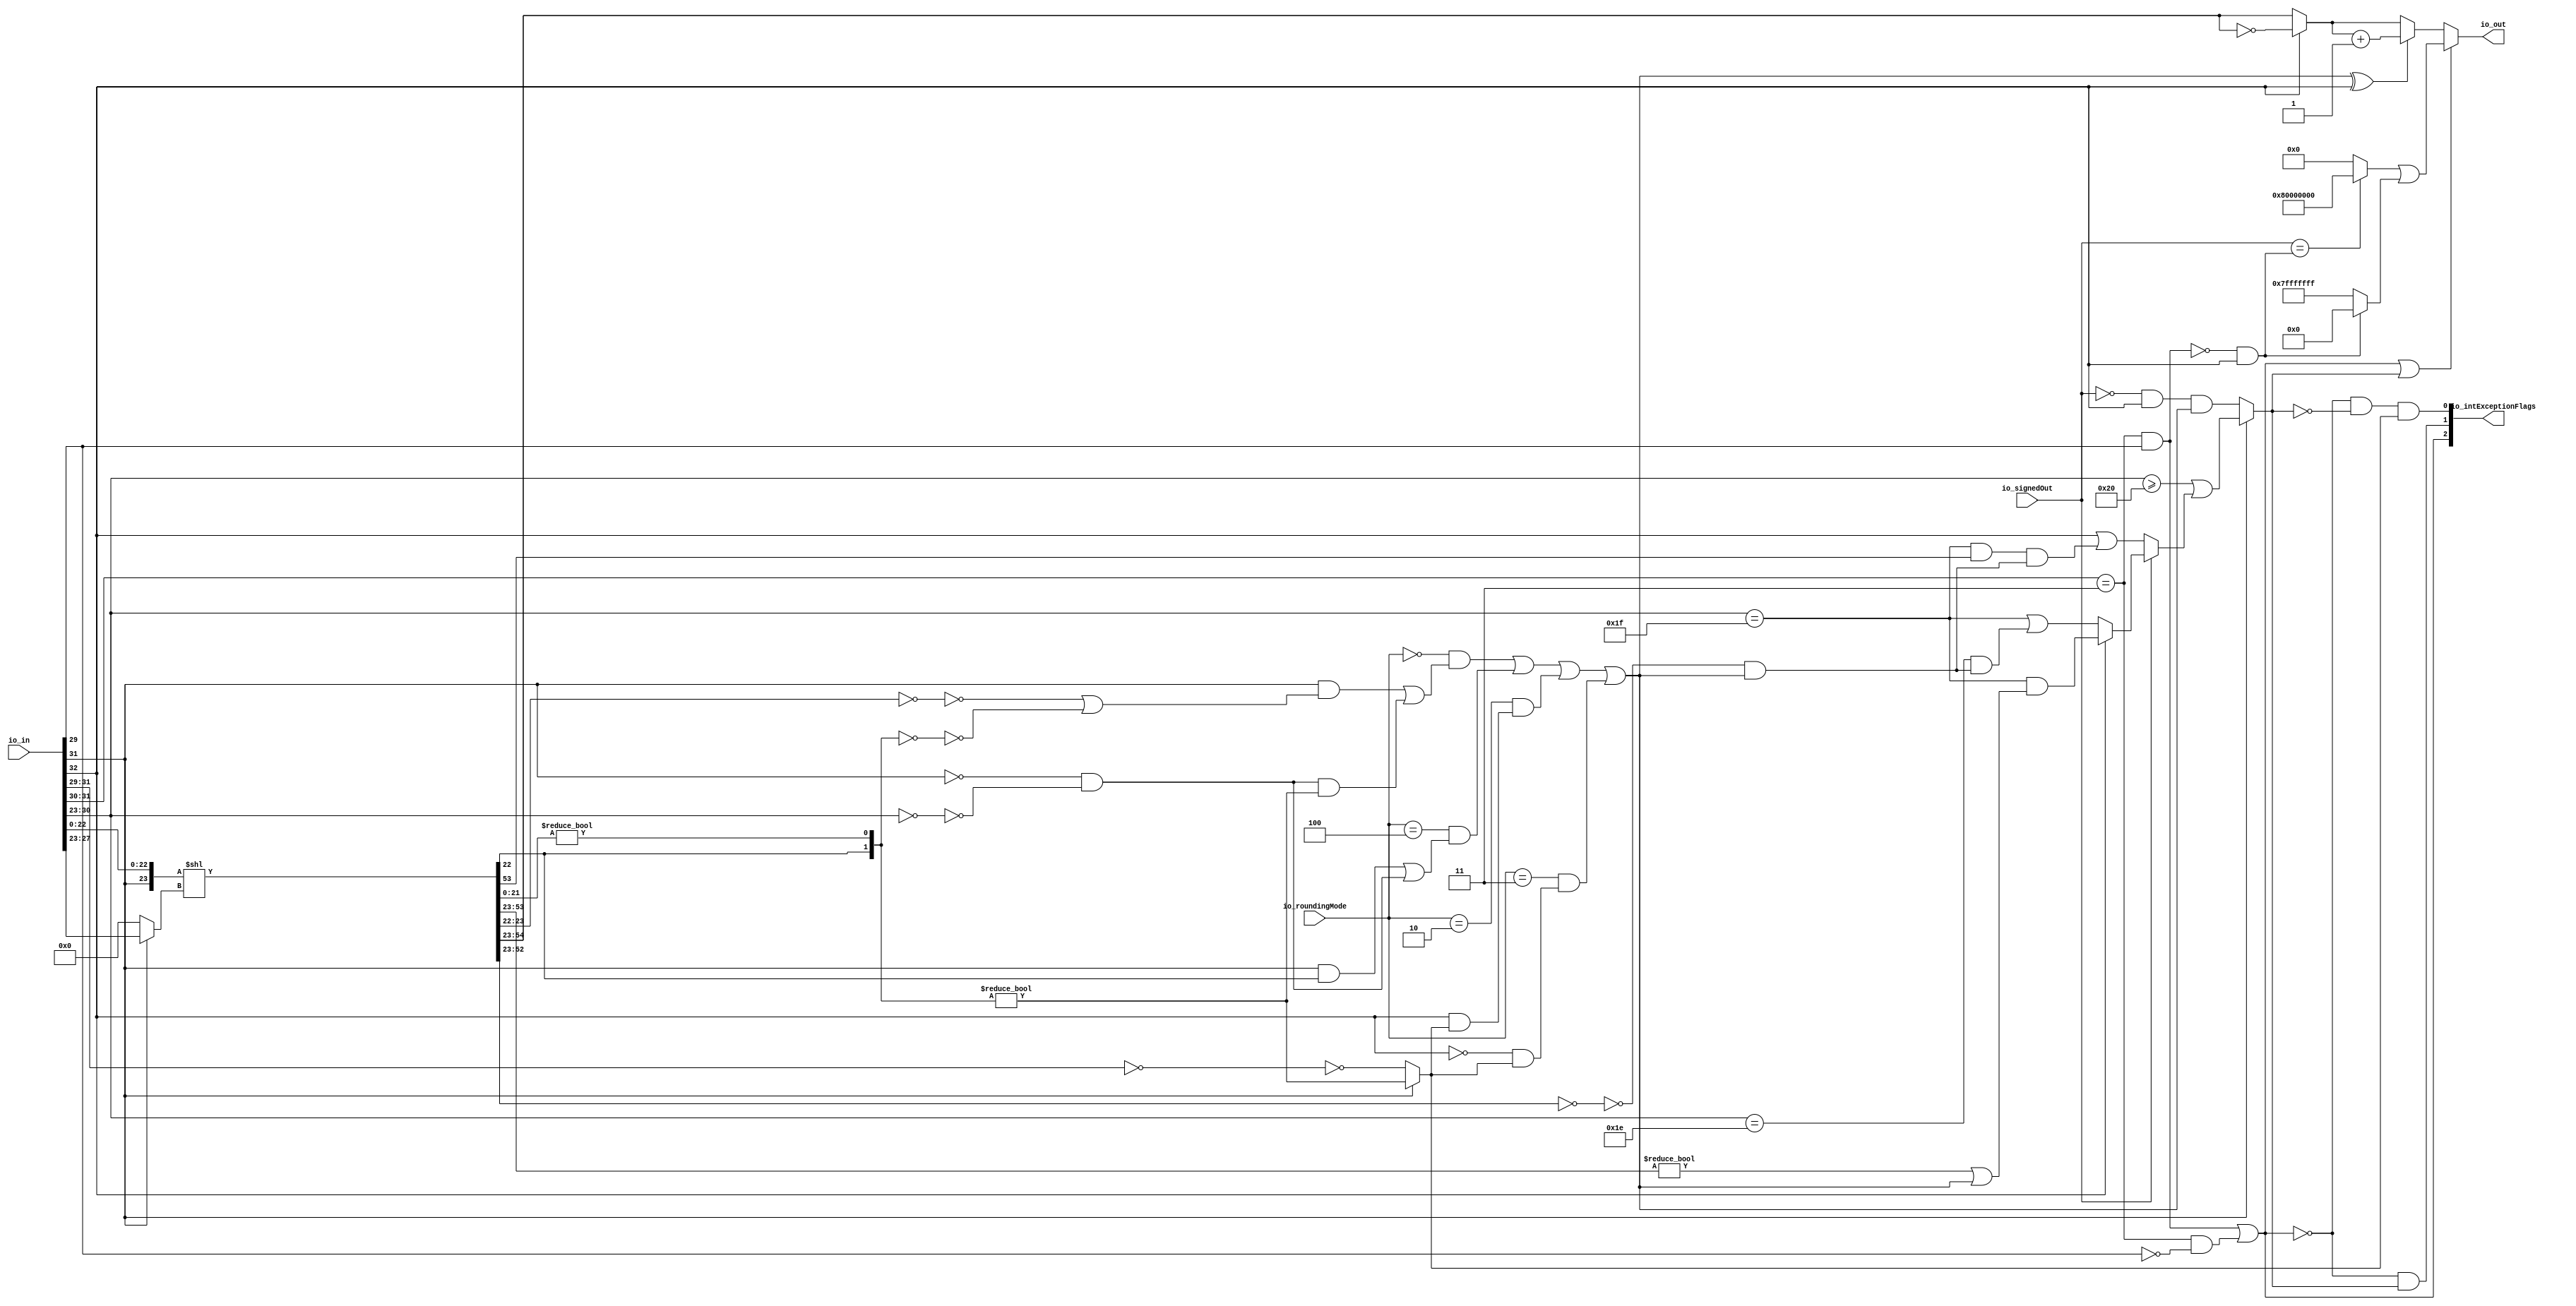
// Copyright (c) 2019, Microchip Corporation
// All rights reserved.
//
// Redistribution and use in source and binary forms, with or without
// modification, are permitted provided that the following conditions are met:
//     * Redistributions of source code must retain the above copyright
//       notice, this list of conditions and the following disclaimer.
//     * Redistributions in binary form must reproduce the above copyright
//       notice, this list of conditions and the following disclaimer in the
//       documentation and/or other materials provided with the distribution.
//     * Neither the name of the <organization> nor the
//       names of its contributors may be used to endorse or promote products
//       derived from this software without specific prior written permission.
//
// THIS SOFTWARE IS PROVIDED BY THE COPYRIGHT HOLDERS AND CONTRIBUTORS "AS IS" AND
// ANY EXPRESS OR IMPLIED WARRANTIES, INCLUDING, BUT NOT LIMITED TO, THE IMPLIED
// WARRANTIES OF MERCHANTABILITY AND FITNESS FOR A PARTICULAR PURPOSE ARE
// DISCLAIMED. IN NO EVENT SHALL MICROSEMI CORPORATIONM BE LIABLE FOR ANY
// DIRECT, INDIRECT, INCIDENTAL, SPECIAL, EXEMPLARY, OR CONSEQUENTIAL DAMAGES
// (INCLUDING, BUT NOT LIMITED TO, PROCUREMENT OF SUBSTITUTE GOODS OR SERVICES;
// LOSS OF USE, DATA, OR PROFITS; OR BUSINESS INTERRUPTION) HOWEVER CAUSED AND
// ON ANY THEORY OF LIABILITY, WHETHER IN CONTRACT, STRICT LIABILITY, OR TORT
// (INCLUDING NEGLIGENCE OR OTHERWISE) ARISING IN ANY WAY OUT OF THE USE OF THIS
// SOFTWARE, EVEN IF ADVISED OF THE POSSIBILITY OF SUCH DAMAGE.
//
// APACHE LICENSE
// Copyright (c) 2019, Microchip Corporation 
//
// Licensed under the Apache License, Version 2.0 (the "License");
// you may not use this file except in compliance with the License.
// You may obtain a copy of the License at
//
//    http://www.apache.org/licenses/LICENSE-2.0
//
// Unless required by applicable law or agreed to in writing, software
// distributed under the License is distributed on an "AS IS" BASIS,
// WITHOUT WARRANTIES OR CONDITIONS OF ANY KIND, either express or implied.
// See the License for the specific language governing permissions and
// limitations under the License.
//
// Description:
//
// SVN Revision Information:
// SVN $Revision: $
// SVN $Date: $
//
// Resolved SARs
// SAR      Date     Who   Description
//
// Notes:
//
// ****************************************************************************/
`ifndef RANDOMIZE_REG_INIT 
	 `define RANDOMIZE_REG_INIT 
 `endif
`ifndef RANDOMIZE_MEM_INIT 
	 `define RANDOMIZE_MEM_INIT 
 `endif
`ifndef RANDOMIZE 
	 `define RANDOMIZE 
`endif

`timescale 1ns/10ps
module MIV_RV32IMAF_L1_AHB_C0_MIV_RV32IMAF_L1_AHB_C0_0_MIV_RV32IMAF_L1_AHB_REC_FNTO_IN( // @[:freechips.rocketchip.system.MivRV32ImafL1AhbConfig.fir@108069.2]
  input  [32:0] io_in, // @[:freechips.rocketchip.system.MivRV32ImafL1AhbConfig.fir@108072.4]
  input  [2:0]  io_roundingMode, // @[:freechips.rocketchip.system.MivRV32ImafL1AhbConfig.fir@108072.4]
  input         io_signedOut, // @[:freechips.rocketchip.system.MivRV32ImafL1AhbConfig.fir@108072.4]
  output [31:0] io_out, // @[:freechips.rocketchip.system.MivRV32ImafL1AhbConfig.fir@108072.4]
  output [2:0]  io_intExceptionFlags // @[:freechips.rocketchip.system.MivRV32ImafL1AhbConfig.fir@108072.4]
);
  wire [8:0] _T_7; // @[rawFloatFromRecFN.scala 50:21:freechips.rocketchip.system.MivRV32ImafL1AhbConfig.fir@108077.4]
  wire [2:0] _T_8; // @[rawFloatFromRecFN.scala 51:29:freechips.rocketchip.system.MivRV32ImafL1AhbConfig.fir@108078.4]
  wire  rawIn_isZero; // @[rawFloatFromRecFN.scala 51:54:freechips.rocketchip.system.MivRV32ImafL1AhbConfig.fir@108079.4]
  wire [1:0] _T_11; // @[rawFloatFromRecFN.scala 52:29:freechips.rocketchip.system.MivRV32ImafL1AhbConfig.fir@108080.4]
  wire  _T_13; // @[rawFloatFromRecFN.scala 52:54:freechips.rocketchip.system.MivRV32ImafL1AhbConfig.fir@108081.4]
  wire  _T_15; // @[rawFloatFromRecFN.scala 55:41:freechips.rocketchip.system.MivRV32ImafL1AhbConfig.fir@108084.4]
  wire  rawIn_isNaN; // @[rawFloatFromRecFN.scala 55:33:freechips.rocketchip.system.MivRV32ImafL1AhbConfig.fir@108085.4]
  wire  _T_19; // @[rawFloatFromRecFN.scala 56:36:freechips.rocketchip.system.MivRV32ImafL1AhbConfig.fir@108088.4]
  wire  rawIn_isInf; // @[rawFloatFromRecFN.scala 56:33:freechips.rocketchip.system.MivRV32ImafL1AhbConfig.fir@108089.4]
  wire  rawIn_sign; // @[rawFloatFromRecFN.scala 58:25:freechips.rocketchip.system.MivRV32ImafL1AhbConfig.fir@108092.4]
  wire [9:0] rawIn_sExp; // @[rawFloatFromRecFN.scala 59:27:freechips.rocketchip.system.MivRV32ImafL1AhbConfig.fir@108094.4]
  wire  _T_25; // @[rawFloatFromRecFN.scala 60:39:freechips.rocketchip.system.MivRV32ImafL1AhbConfig.fir@108096.4]
  wire [22:0] _T_26; // @[rawFloatFromRecFN.scala 60:51:freechips.rocketchip.system.MivRV32ImafL1AhbConfig.fir@108097.4]
  wire [1:0] _T_27; // @[Cat.scala 30:58:freechips.rocketchip.system.MivRV32ImafL1AhbConfig.fir@108098.4]
  wire [24:0] rawIn_sig; // @[Cat.scala 30:58:freechips.rocketchip.system.MivRV32ImafL1AhbConfig.fir@108099.4]
  wire  magGeOne; // @[RecFNToIN.scala 58:30:freechips.rocketchip.system.MivRV32ImafL1AhbConfig.fir@108101.4]
  wire [7:0] posExp; // @[RecFNToIN.scala 59:28:freechips.rocketchip.system.MivRV32ImafL1AhbConfig.fir@108102.4]
  wire  _T_30; // @[RecFNToIN.scala 60:27:freechips.rocketchip.system.MivRV32ImafL1AhbConfig.fir@108103.4]
  wire [7:0] _T_31; // @[RecFNToIN.scala 60:48:freechips.rocketchip.system.MivRV32ImafL1AhbConfig.fir@108104.4]
  wire  _T_33; // @[RecFNToIN.scala 60:48:freechips.rocketchip.system.MivRV32ImafL1AhbConfig.fir@108105.4]
  wire  magJustBelowOne; // @[RecFNToIN.scala 60:38:freechips.rocketchip.system.MivRV32ImafL1AhbConfig.fir@108106.4]
  wire  roundingMode_near_even; // @[RecFNToIN.scala 64:53:freechips.rocketchip.system.MivRV32ImafL1AhbConfig.fir@108107.4]
  wire  roundingMode_min; // @[RecFNToIN.scala 67:53:freechips.rocketchip.system.MivRV32ImafL1AhbConfig.fir@108111.4]
  wire  roundingMode_max; // @[RecFNToIN.scala 68:53:freechips.rocketchip.system.MivRV32ImafL1AhbConfig.fir@108112.4]
  wire  roundingMode_near_maxMag; // @[RecFNToIN.scala 69:53:freechips.rocketchip.system.MivRV32ImafL1AhbConfig.fir@108113.4]
  wire [22:0] _T_42; // @[RecFNToIN.scala 80:32:freechips.rocketchip.system.MivRV32ImafL1AhbConfig.fir@108114.4]
  wire [23:0] _T_43; // @[Cat.scala 30:58:freechips.rocketchip.system.MivRV32ImafL1AhbConfig.fir@108115.4]
  wire [4:0] _T_44; // @[RecFNToIN.scala 82:27:freechips.rocketchip.system.MivRV32ImafL1AhbConfig.fir@108116.4]
  wire [4:0] _T_46; // @[RecFNToIN.scala 81:16:freechips.rocketchip.system.MivRV32ImafL1AhbConfig.fir@108117.4]
  wire [54:0] _GEN_0; // @[RecFNToIN.scala 80:50:freechips.rocketchip.system.MivRV32ImafL1AhbConfig.fir@108118.4]
  wire [54:0] shiftedSig; // @[RecFNToIN.scala 80:50:freechips.rocketchip.system.MivRV32ImafL1AhbConfig.fir@108118.4]
  wire [32:0] _T_47; // @[RecFNToIN.scala 86:23:freechips.rocketchip.system.MivRV32ImafL1AhbConfig.fir@108119.4]
  wire [21:0] _T_48; // @[RecFNToIN.scala 86:51:freechips.rocketchip.system.MivRV32ImafL1AhbConfig.fir@108120.4]
  wire  _T_50; // @[RecFNToIN.scala 86:69:freechips.rocketchip.system.MivRV32ImafL1AhbConfig.fir@108121.4]
  wire [33:0] alignedSig; // @[Cat.scala 30:58:freechips.rocketchip.system.MivRV32ImafL1AhbConfig.fir@108122.4]
  wire [31:0] unroundedInt; // @[RecFNToIN.scala 87:54:freechips.rocketchip.system.MivRV32ImafL1AhbConfig.fir@108123.4]
  wire [1:0] _T_53; // @[RecFNToIN.scala 89:50:freechips.rocketchip.system.MivRV32ImafL1AhbConfig.fir@108125.4]
  wire  _T_55; // @[RecFNToIN.scala 89:57:freechips.rocketchip.system.MivRV32ImafL1AhbConfig.fir@108126.4]
  wire  common_inexact; // @[RecFNToIN.scala 89:29:freechips.rocketchip.system.MivRV32ImafL1AhbConfig.fir@108128.4]
  wire [1:0] _T_58; // @[RecFNToIN.scala 91:39:freechips.rocketchip.system.MivRV32ImafL1AhbConfig.fir@108129.4]
  wire [1:0] _T_59; // @[RecFNToIN.scala 91:46:freechips.rocketchip.system.MivRV32ImafL1AhbConfig.fir@108130.4]
  wire  _T_61; // @[RecFNToIN.scala 91:46:freechips.rocketchip.system.MivRV32ImafL1AhbConfig.fir@108131.4]
  wire [1:0] _T_63; // @[RecFNToIN.scala 91:71:freechips.rocketchip.system.MivRV32ImafL1AhbConfig.fir@108133.4]
  wire  _T_65; // @[RecFNToIN.scala 91:71:freechips.rocketchip.system.MivRV32ImafL1AhbConfig.fir@108134.4]
  wire  _T_66; // @[RecFNToIN.scala 91:51:freechips.rocketchip.system.MivRV32ImafL1AhbConfig.fir@108135.4]
  wire  _T_67; // @[RecFNToIN.scala 91:25:freechips.rocketchip.system.MivRV32ImafL1AhbConfig.fir@108136.4]
  wire  _T_71; // @[RecFNToIN.scala 92:26:freechips.rocketchip.system.MivRV32ImafL1AhbConfig.fir@108139.4]
  wire  roundIncr_near_even; // @[RecFNToIN.scala 91:78:freechips.rocketchip.system.MivRV32ImafL1AhbConfig.fir@108140.4]
  wire  _T_72; // @[RecFNToIN.scala 93:56:freechips.rocketchip.system.MivRV32ImafL1AhbConfig.fir@108141.4]
  wire  _T_73; // @[RecFNToIN.scala 93:43:freechips.rocketchip.system.MivRV32ImafL1AhbConfig.fir@108142.4]
  wire  roundIncr_near_maxMag; // @[RecFNToIN.scala 93:61:freechips.rocketchip.system.MivRV32ImafL1AhbConfig.fir@108143.4]
  wire  _T_74; // @[RecFNToIN.scala 95:35:freechips.rocketchip.system.MivRV32ImafL1AhbConfig.fir@108144.4]
  wire  _T_75; // @[RecFNToIN.scala 96:35:freechips.rocketchip.system.MivRV32ImafL1AhbConfig.fir@108145.4]
  wire  _T_76; // @[RecFNToIN.scala 95:72:freechips.rocketchip.system.MivRV32ImafL1AhbConfig.fir@108146.4]
  wire  _T_77; // @[RecFNToIN.scala 97:52:freechips.rocketchip.system.MivRV32ImafL1AhbConfig.fir@108147.4]
  wire  _T_78; // @[RecFNToIN.scala 97:35:freechips.rocketchip.system.MivRV32ImafL1AhbConfig.fir@108148.4]
  wire  _T_79; // @[RecFNToIN.scala 96:72:freechips.rocketchip.system.MivRV32ImafL1AhbConfig.fir@108149.4]
  wire  _T_81; // @[RecFNToIN.scala 98:39:freechips.rocketchip.system.MivRV32ImafL1AhbConfig.fir@108150.4]
  wire  _T_82; // @[RecFNToIN.scala 98:52:freechips.rocketchip.system.MivRV32ImafL1AhbConfig.fir@108151.4]
  wire  _T_83; // @[RecFNToIN.scala 98:35:freechips.rocketchip.system.MivRV32ImafL1AhbConfig.fir@108152.4]
  wire  roundIncr; // @[RecFNToIN.scala 97:72:freechips.rocketchip.system.MivRV32ImafL1AhbConfig.fir@108153.4]
  wire [31:0] _T_84; // @[RecFNToIN.scala 99:45:freechips.rocketchip.system.MivRV32ImafL1AhbConfig.fir@108154.4]
  wire [31:0] complUnroundedInt; // @[RecFNToIN.scala 99:32:freechips.rocketchip.system.MivRV32ImafL1AhbConfig.fir@108155.4]
  wire  _T_85; // @[RecFNToIN.scala 101:23:freechips.rocketchip.system.MivRV32ImafL1AhbConfig.fir@108156.4]
  wire [32:0] _T_87; // @[RecFNToIN.scala 102:31:freechips.rocketchip.system.MivRV32ImafL1AhbConfig.fir@108157.4]
  wire [31:0] _T_88; // @[RecFNToIN.scala 102:31:freechips.rocketchip.system.MivRV32ImafL1AhbConfig.fir@108158.4]
  wire [31:0] roundedInt; // @[RecFNToIN.scala 101:12:freechips.rocketchip.system.MivRV32ImafL1AhbConfig.fir@108159.4]
  wire  magGeOne_atOverflowEdge; // @[RecFNToIN.scala 106:43:freechips.rocketchip.system.MivRV32ImafL1AhbConfig.fir@108160.4]
  wire [29:0] _T_90; // @[RecFNToIN.scala 109:38:freechips.rocketchip.system.MivRV32ImafL1AhbConfig.fir@108161.4]
  wire [29:0] _T_91; // @[RecFNToIN.scala 109:56:freechips.rocketchip.system.MivRV32ImafL1AhbConfig.fir@108162.4]
  wire  _T_93; // @[RecFNToIN.scala 109:56:freechips.rocketchip.system.MivRV32ImafL1AhbConfig.fir@108163.4]
  wire  roundCarryBut2; // @[RecFNToIN.scala 109:61:freechips.rocketchip.system.MivRV32ImafL1AhbConfig.fir@108164.4]
  wire  _T_95; // @[RecFNToIN.scala 112:21:freechips.rocketchip.system.MivRV32ImafL1AhbConfig.fir@108165.4]
  wire [30:0] _T_96; // @[RecFNToIN.scala 116:42:freechips.rocketchip.system.MivRV32ImafL1AhbConfig.fir@108166.4]
  wire  _T_98; // @[RecFNToIN.scala 116:60:freechips.rocketchip.system.MivRV32ImafL1AhbConfig.fir@108167.4]
  wire  _T_99; // @[RecFNToIN.scala 116:64:freechips.rocketchip.system.MivRV32ImafL1AhbConfig.fir@108168.4]
  wire  _T_100; // @[RecFNToIN.scala 115:49:freechips.rocketchip.system.MivRV32ImafL1AhbConfig.fir@108169.4]
  wire  _T_102; // @[RecFNToIN.scala 118:38:freechips.rocketchip.system.MivRV32ImafL1AhbConfig.fir@108170.4]
  wire  _T_103; // @[RecFNToIN.scala 118:62:freechips.rocketchip.system.MivRV32ImafL1AhbConfig.fir@108171.4]
  wire  _T_104; // @[RecFNToIN.scala 117:49:freechips.rocketchip.system.MivRV32ImafL1AhbConfig.fir@108172.4]
  wire  _T_105; // @[RecFNToIN.scala 114:24:freechips.rocketchip.system.MivRV32ImafL1AhbConfig.fir@108173.4]
  wire  _T_106; // @[RecFNToIN.scala 122:42:freechips.rocketchip.system.MivRV32ImafL1AhbConfig.fir@108174.4]
  wire  _T_107; // @[RecFNToIN.scala 121:50:freechips.rocketchip.system.MivRV32ImafL1AhbConfig.fir@108175.4]
  wire  _T_108; // @[RecFNToIN.scala 122:57:freechips.rocketchip.system.MivRV32ImafL1AhbConfig.fir@108176.4]
  wire  _T_109; // @[RecFNToIN.scala 120:32:freechips.rocketchip.system.MivRV32ImafL1AhbConfig.fir@108177.4]
  wire  _T_110; // @[RecFNToIN.scala 113:20:freechips.rocketchip.system.MivRV32ImafL1AhbConfig.fir@108178.4]
  wire  _T_111; // @[RecFNToIN.scala 112:40:freechips.rocketchip.system.MivRV32ImafL1AhbConfig.fir@108179.4]
  wire  _T_113; // @[RecFNToIN.scala 124:13:freechips.rocketchip.system.MivRV32ImafL1AhbConfig.fir@108180.4]
  wire  _T_114; // @[RecFNToIN.scala 124:28:freechips.rocketchip.system.MivRV32ImafL1AhbConfig.fir@108181.4]
  wire  _T_115; // @[RecFNToIN.scala 124:42:freechips.rocketchip.system.MivRV32ImafL1AhbConfig.fir@108182.4]
  wire  common_overflow; // @[RecFNToIN.scala 111:12:freechips.rocketchip.system.MivRV32ImafL1AhbConfig.fir@108183.4]
  wire  invalidExc; // @[RecFNToIN.scala 129:34:freechips.rocketchip.system.MivRV32ImafL1AhbConfig.fir@108184.4]
  wire  _T_117; // @[RecFNToIN.scala 130:20:freechips.rocketchip.system.MivRV32ImafL1AhbConfig.fir@108185.4]
  wire  overflow; // @[RecFNToIN.scala 130:33:freechips.rocketchip.system.MivRV32ImafL1AhbConfig.fir@108186.4]
  wire  _T_121; // @[RecFNToIN.scala 131:36:freechips.rocketchip.system.MivRV32ImafL1AhbConfig.fir@108188.4]
  wire  _T_122; // @[RecFNToIN.scala 131:33:freechips.rocketchip.system.MivRV32ImafL1AhbConfig.fir@108189.4]
  wire  inexact; // @[RecFNToIN.scala 131:54:freechips.rocketchip.system.MivRV32ImafL1AhbConfig.fir@108190.4]
  wire  _T_124; // @[RecFNToIN.scala 133:19:freechips.rocketchip.system.MivRV32ImafL1AhbConfig.fir@108191.4]
  wire  excSign; // @[RecFNToIN.scala 133:33:freechips.rocketchip.system.MivRV32ImafL1AhbConfig.fir@108192.4]
  wire  _T_125; // @[RecFNToIN.scala 135:27:freechips.rocketchip.system.MivRV32ImafL1AhbConfig.fir@108193.4]
  wire [31:0] _T_128; // @[RecFNToIN.scala 135:12:freechips.rocketchip.system.MivRV32ImafL1AhbConfig.fir@108194.4]
  wire  _T_130; // @[RecFNToIN.scala 139:13:freechips.rocketchip.system.MivRV32ImafL1AhbConfig.fir@108195.4]
  wire [30:0] _T_133; // @[RecFNToIN.scala 139:12:freechips.rocketchip.system.MivRV32ImafL1AhbConfig.fir@108196.4]
  wire [31:0] _GEN_1; // @[RecFNToIN.scala 138:11:freechips.rocketchip.system.MivRV32ImafL1AhbConfig.fir@108197.4]
  wire [31:0] excOut; // @[RecFNToIN.scala 138:11:freechips.rocketchip.system.MivRV32ImafL1AhbConfig.fir@108197.4]
  wire  _T_134; // @[RecFNToIN.scala 141:30:freechips.rocketchip.system.MivRV32ImafL1AhbConfig.fir@108198.4]
  wire [31:0] _T_135; // @[RecFNToIN.scala 141:18:freechips.rocketchip.system.MivRV32ImafL1AhbConfig.fir@108199.4]
  wire [1:0] _T_136; // @[Cat.scala 30:58:freechips.rocketchip.system.MivRV32ImafL1AhbConfig.fir@108201.4]
  wire [2:0] _T_137; // @[Cat.scala 30:58:freechips.rocketchip.system.MivRV32ImafL1AhbConfig.fir@108202.4]
  assign _T_7 = io_in[31:23]; // @[rawFloatFromRecFN.scala 50:21:freechips.rocketchip.system.MivRV32ImafL1AhbConfig.fir@108077.4]
  assign _T_8 = _T_7[8:6]; // @[rawFloatFromRecFN.scala 51:29:freechips.rocketchip.system.MivRV32ImafL1AhbConfig.fir@108078.4]
  assign rawIn_isZero = _T_8 == 3'h0; // @[rawFloatFromRecFN.scala 51:54:freechips.rocketchip.system.MivRV32ImafL1AhbConfig.fir@108079.4]
  assign _T_11 = _T_7[8:7]; // @[rawFloatFromRecFN.scala 52:29:freechips.rocketchip.system.MivRV32ImafL1AhbConfig.fir@108080.4]
  assign _T_13 = _T_11 == 2'h3; // @[rawFloatFromRecFN.scala 52:54:freechips.rocketchip.system.MivRV32ImafL1AhbConfig.fir@108081.4]
  assign _T_15 = _T_7[6]; // @[rawFloatFromRecFN.scala 55:41:freechips.rocketchip.system.MivRV32ImafL1AhbConfig.fir@108084.4]
  assign rawIn_isNaN = _T_13 & _T_15; // @[rawFloatFromRecFN.scala 55:33:freechips.rocketchip.system.MivRV32ImafL1AhbConfig.fir@108085.4]
  assign _T_19 = _T_15 == 1'h0; // @[rawFloatFromRecFN.scala 56:36:freechips.rocketchip.system.MivRV32ImafL1AhbConfig.fir@108088.4]
  assign rawIn_isInf = _T_13 & _T_19; // @[rawFloatFromRecFN.scala 56:33:freechips.rocketchip.system.MivRV32ImafL1AhbConfig.fir@108089.4]
  assign rawIn_sign = io_in[32]; // @[rawFloatFromRecFN.scala 58:25:freechips.rocketchip.system.MivRV32ImafL1AhbConfig.fir@108092.4]
  assign rawIn_sExp = {1'b0,$signed(_T_7)}; // @[rawFloatFromRecFN.scala 59:27:freechips.rocketchip.system.MivRV32ImafL1AhbConfig.fir@108094.4]
  assign _T_25 = rawIn_isZero == 1'h0; // @[rawFloatFromRecFN.scala 60:39:freechips.rocketchip.system.MivRV32ImafL1AhbConfig.fir@108096.4]
  assign _T_26 = io_in[22:0]; // @[rawFloatFromRecFN.scala 60:51:freechips.rocketchip.system.MivRV32ImafL1AhbConfig.fir@108097.4]
  assign _T_27 = {1'h0,_T_25}; // @[Cat.scala 30:58:freechips.rocketchip.system.MivRV32ImafL1AhbConfig.fir@108098.4]
  assign rawIn_sig = {_T_27,_T_26}; // @[Cat.scala 30:58:freechips.rocketchip.system.MivRV32ImafL1AhbConfig.fir@108099.4]
  assign magGeOne = rawIn_sExp[8]; // @[RecFNToIN.scala 58:30:freechips.rocketchip.system.MivRV32ImafL1AhbConfig.fir@108101.4]
  assign posExp = rawIn_sExp[7:0]; // @[RecFNToIN.scala 59:28:freechips.rocketchip.system.MivRV32ImafL1AhbConfig.fir@108102.4]
  assign _T_30 = magGeOne == 1'h0; // @[RecFNToIN.scala 60:27:freechips.rocketchip.system.MivRV32ImafL1AhbConfig.fir@108103.4]
  assign _T_31 = ~ posExp; // @[RecFNToIN.scala 60:48:freechips.rocketchip.system.MivRV32ImafL1AhbConfig.fir@108104.4]
  assign _T_33 = _T_31 == 8'h0; // @[RecFNToIN.scala 60:48:freechips.rocketchip.system.MivRV32ImafL1AhbConfig.fir@108105.4]
  assign magJustBelowOne = _T_30 & _T_33; // @[RecFNToIN.scala 60:38:freechips.rocketchip.system.MivRV32ImafL1AhbConfig.fir@108106.4]
  assign roundingMode_near_even = io_roundingMode == 3'h0; // @[RecFNToIN.scala 64:53:freechips.rocketchip.system.MivRV32ImafL1AhbConfig.fir@108107.4]
  assign roundingMode_min = io_roundingMode == 3'h2; // @[RecFNToIN.scala 67:53:freechips.rocketchip.system.MivRV32ImafL1AhbConfig.fir@108111.4]
  assign roundingMode_max = io_roundingMode == 3'h3; // @[RecFNToIN.scala 68:53:freechips.rocketchip.system.MivRV32ImafL1AhbConfig.fir@108112.4]
  assign roundingMode_near_maxMag = io_roundingMode == 3'h4; // @[RecFNToIN.scala 69:53:freechips.rocketchip.system.MivRV32ImafL1AhbConfig.fir@108113.4]
  assign _T_42 = rawIn_sig[22:0]; // @[RecFNToIN.scala 80:32:freechips.rocketchip.system.MivRV32ImafL1AhbConfig.fir@108114.4]
  assign _T_43 = {magGeOne,_T_42}; // @[Cat.scala 30:58:freechips.rocketchip.system.MivRV32ImafL1AhbConfig.fir@108115.4]
  assign _T_44 = rawIn_sExp[4:0]; // @[RecFNToIN.scala 82:27:freechips.rocketchip.system.MivRV32ImafL1AhbConfig.fir@108116.4]
  assign _T_46 = magGeOne ? _T_44 : 5'h0; // @[RecFNToIN.scala 81:16:freechips.rocketchip.system.MivRV32ImafL1AhbConfig.fir@108117.4]
  assign _GEN_0 = {{31'd0}, _T_43}; // @[RecFNToIN.scala 80:50:freechips.rocketchip.system.MivRV32ImafL1AhbConfig.fir@108118.4]
  assign shiftedSig = _GEN_0 << _T_46; // @[RecFNToIN.scala 80:50:freechips.rocketchip.system.MivRV32ImafL1AhbConfig.fir@108118.4]
  assign _T_47 = shiftedSig[54:22]; // @[RecFNToIN.scala 86:23:freechips.rocketchip.system.MivRV32ImafL1AhbConfig.fir@108119.4]
  assign _T_48 = shiftedSig[21:0]; // @[RecFNToIN.scala 86:51:freechips.rocketchip.system.MivRV32ImafL1AhbConfig.fir@108120.4]
  assign _T_50 = _T_48 != 22'h0; // @[RecFNToIN.scala 86:69:freechips.rocketchip.system.MivRV32ImafL1AhbConfig.fir@108121.4]
  assign alignedSig = {_T_47,_T_50}; // @[Cat.scala 30:58:freechips.rocketchip.system.MivRV32ImafL1AhbConfig.fir@108122.4]
  assign unroundedInt = alignedSig[33:2]; // @[RecFNToIN.scala 87:54:freechips.rocketchip.system.MivRV32ImafL1AhbConfig.fir@108123.4]
  assign _T_53 = alignedSig[1:0]; // @[RecFNToIN.scala 89:50:freechips.rocketchip.system.MivRV32ImafL1AhbConfig.fir@108125.4]
  assign _T_55 = _T_53 != 2'h0; // @[RecFNToIN.scala 89:57:freechips.rocketchip.system.MivRV32ImafL1AhbConfig.fir@108126.4]
  assign common_inexact = magGeOne ? _T_55 : _T_25; // @[RecFNToIN.scala 89:29:freechips.rocketchip.system.MivRV32ImafL1AhbConfig.fir@108128.4]
  assign _T_58 = alignedSig[2:1]; // @[RecFNToIN.scala 91:39:freechips.rocketchip.system.MivRV32ImafL1AhbConfig.fir@108129.4]
  assign _T_59 = ~ _T_58; // @[RecFNToIN.scala 91:46:freechips.rocketchip.system.MivRV32ImafL1AhbConfig.fir@108130.4]
  assign _T_61 = _T_59 == 2'h0; // @[RecFNToIN.scala 91:46:freechips.rocketchip.system.MivRV32ImafL1AhbConfig.fir@108131.4]
  assign _T_63 = ~ _T_53; // @[RecFNToIN.scala 91:71:freechips.rocketchip.system.MivRV32ImafL1AhbConfig.fir@108133.4]
  assign _T_65 = _T_63 == 2'h0; // @[RecFNToIN.scala 91:71:freechips.rocketchip.system.MivRV32ImafL1AhbConfig.fir@108134.4]
  assign _T_66 = _T_61 | _T_65; // @[RecFNToIN.scala 91:51:freechips.rocketchip.system.MivRV32ImafL1AhbConfig.fir@108135.4]
  assign _T_67 = magGeOne & _T_66; // @[RecFNToIN.scala 91:25:freechips.rocketchip.system.MivRV32ImafL1AhbConfig.fir@108136.4]
  assign _T_71 = magJustBelowOne & _T_55; // @[RecFNToIN.scala 92:26:freechips.rocketchip.system.MivRV32ImafL1AhbConfig.fir@108139.4]
  assign roundIncr_near_even = _T_67 | _T_71; // @[RecFNToIN.scala 91:78:freechips.rocketchip.system.MivRV32ImafL1AhbConfig.fir@108140.4]
  assign _T_72 = alignedSig[1]; // @[RecFNToIN.scala 93:56:freechips.rocketchip.system.MivRV32ImafL1AhbConfig.fir@108141.4]
  assign _T_73 = magGeOne & _T_72; // @[RecFNToIN.scala 93:43:freechips.rocketchip.system.MivRV32ImafL1AhbConfig.fir@108142.4]
  assign roundIncr_near_maxMag = _T_73 | magJustBelowOne; // @[RecFNToIN.scala 93:61:freechips.rocketchip.system.MivRV32ImafL1AhbConfig.fir@108143.4]
  assign _T_74 = roundingMode_near_even & roundIncr_near_even; // @[RecFNToIN.scala 95:35:freechips.rocketchip.system.MivRV32ImafL1AhbConfig.fir@108144.4]
  assign _T_75 = roundingMode_near_maxMag & roundIncr_near_maxMag; // @[RecFNToIN.scala 96:35:freechips.rocketchip.system.MivRV32ImafL1AhbConfig.fir@108145.4]
  assign _T_76 = _T_74 | _T_75; // @[RecFNToIN.scala 95:72:freechips.rocketchip.system.MivRV32ImafL1AhbConfig.fir@108146.4]
  assign _T_77 = rawIn_sign & common_inexact; // @[RecFNToIN.scala 97:52:freechips.rocketchip.system.MivRV32ImafL1AhbConfig.fir@108147.4]
  assign _T_78 = roundingMode_min & _T_77; // @[RecFNToIN.scala 97:35:freechips.rocketchip.system.MivRV32ImafL1AhbConfig.fir@108148.4]
  assign _T_79 = _T_76 | _T_78; // @[RecFNToIN.scala 96:72:freechips.rocketchip.system.MivRV32ImafL1AhbConfig.fir@108149.4]
  assign _T_81 = rawIn_sign == 1'h0; // @[RecFNToIN.scala 98:39:freechips.rocketchip.system.MivRV32ImafL1AhbConfig.fir@108150.4]
  assign _T_82 = _T_81 & common_inexact; // @[RecFNToIN.scala 98:52:freechips.rocketchip.system.MivRV32ImafL1AhbConfig.fir@108151.4]
  assign _T_83 = roundingMode_max & _T_82; // @[RecFNToIN.scala 98:35:freechips.rocketchip.system.MivRV32ImafL1AhbConfig.fir@108152.4]
  assign roundIncr = _T_79 | _T_83; // @[RecFNToIN.scala 97:72:freechips.rocketchip.system.MivRV32ImafL1AhbConfig.fir@108153.4]
  assign _T_84 = ~ unroundedInt; // @[RecFNToIN.scala 99:45:freechips.rocketchip.system.MivRV32ImafL1AhbConfig.fir@108154.4]
  assign complUnroundedInt = rawIn_sign ? _T_84 : unroundedInt; // @[RecFNToIN.scala 99:32:freechips.rocketchip.system.MivRV32ImafL1AhbConfig.fir@108155.4]
  assign _T_85 = roundIncr ^ rawIn_sign; // @[RecFNToIN.scala 101:23:freechips.rocketchip.system.MivRV32ImafL1AhbConfig.fir@108156.4]
  assign _T_87 = complUnroundedInt + 32'h1; // @[RecFNToIN.scala 102:31:freechips.rocketchip.system.MivRV32ImafL1AhbConfig.fir@108157.4]
  assign _T_88 = _T_87[31:0]; // @[RecFNToIN.scala 102:31:freechips.rocketchip.system.MivRV32ImafL1AhbConfig.fir@108158.4]
  assign roundedInt = _T_85 ? _T_88 : complUnroundedInt; // @[RecFNToIN.scala 101:12:freechips.rocketchip.system.MivRV32ImafL1AhbConfig.fir@108159.4]
  assign magGeOne_atOverflowEdge = posExp == 8'h1f; // @[RecFNToIN.scala 106:43:freechips.rocketchip.system.MivRV32ImafL1AhbConfig.fir@108160.4]
  assign _T_90 = unroundedInt[29:0]; // @[RecFNToIN.scala 109:38:freechips.rocketchip.system.MivRV32ImafL1AhbConfig.fir@108161.4]
  assign _T_91 = ~ _T_90; // @[RecFNToIN.scala 109:56:freechips.rocketchip.system.MivRV32ImafL1AhbConfig.fir@108162.4]
  assign _T_93 = _T_91 == 30'h0; // @[RecFNToIN.scala 109:56:freechips.rocketchip.system.MivRV32ImafL1AhbConfig.fir@108163.4]
  assign roundCarryBut2 = _T_93 & roundIncr; // @[RecFNToIN.scala 109:61:freechips.rocketchip.system.MivRV32ImafL1AhbConfig.fir@108164.4]
  assign _T_95 = posExp >= 8'h20; // @[RecFNToIN.scala 112:21:freechips.rocketchip.system.MivRV32ImafL1AhbConfig.fir@108165.4]
  assign _T_96 = unroundedInt[30:0]; // @[RecFNToIN.scala 116:42:freechips.rocketchip.system.MivRV32ImafL1AhbConfig.fir@108166.4]
  assign _T_98 = _T_96 != 31'h0; // @[RecFNToIN.scala 116:60:freechips.rocketchip.system.MivRV32ImafL1AhbConfig.fir@108167.4]
  assign _T_99 = _T_98 | roundIncr; // @[RecFNToIN.scala 116:64:freechips.rocketchip.system.MivRV32ImafL1AhbConfig.fir@108168.4]
  assign _T_100 = magGeOne_atOverflowEdge & _T_99; // @[RecFNToIN.scala 115:49:freechips.rocketchip.system.MivRV32ImafL1AhbConfig.fir@108169.4]
  assign _T_102 = posExp == 8'h1e; // @[RecFNToIN.scala 118:38:freechips.rocketchip.system.MivRV32ImafL1AhbConfig.fir@108170.4]
  assign _T_103 = _T_102 & roundCarryBut2; // @[RecFNToIN.scala 118:62:freechips.rocketchip.system.MivRV32ImafL1AhbConfig.fir@108171.4]
  assign _T_104 = magGeOne_atOverflowEdge | _T_103; // @[RecFNToIN.scala 117:49:freechips.rocketchip.system.MivRV32ImafL1AhbConfig.fir@108172.4]
  assign _T_105 = rawIn_sign ? _T_100 : _T_104; // @[RecFNToIN.scala 114:24:freechips.rocketchip.system.MivRV32ImafL1AhbConfig.fir@108173.4]
  assign _T_106 = unroundedInt[30]; // @[RecFNToIN.scala 122:42:freechips.rocketchip.system.MivRV32ImafL1AhbConfig.fir@108174.4]
  assign _T_107 = magGeOne_atOverflowEdge & _T_106; // @[RecFNToIN.scala 121:50:freechips.rocketchip.system.MivRV32ImafL1AhbConfig.fir@108175.4]
  assign _T_108 = _T_107 & roundCarryBut2; // @[RecFNToIN.scala 122:57:freechips.rocketchip.system.MivRV32ImafL1AhbConfig.fir@108176.4]
  assign _T_109 = rawIn_sign | _T_108; // @[RecFNToIN.scala 120:32:freechips.rocketchip.system.MivRV32ImafL1AhbConfig.fir@108177.4]
  assign _T_110 = io_signedOut ? _T_105 : _T_109; // @[RecFNToIN.scala 113:20:freechips.rocketchip.system.MivRV32ImafL1AhbConfig.fir@108178.4]
  assign _T_111 = _T_95 | _T_110; // @[RecFNToIN.scala 112:40:freechips.rocketchip.system.MivRV32ImafL1AhbConfig.fir@108179.4]
  assign _T_113 = io_signedOut == 1'h0; // @[RecFNToIN.scala 124:13:freechips.rocketchip.system.MivRV32ImafL1AhbConfig.fir@108180.4]
  assign _T_114 = _T_113 & rawIn_sign; // @[RecFNToIN.scala 124:28:freechips.rocketchip.system.MivRV32ImafL1AhbConfig.fir@108181.4]
  assign _T_115 = _T_114 & roundIncr; // @[RecFNToIN.scala 124:42:freechips.rocketchip.system.MivRV32ImafL1AhbConfig.fir@108182.4]
  assign common_overflow = magGeOne ? _T_111 : _T_115; // @[RecFNToIN.scala 111:12:freechips.rocketchip.system.MivRV32ImafL1AhbConfig.fir@108183.4]
  assign invalidExc = rawIn_isNaN | rawIn_isInf; // @[RecFNToIN.scala 129:34:freechips.rocketchip.system.MivRV32ImafL1AhbConfig.fir@108184.4]
  assign _T_117 = invalidExc == 1'h0; // @[RecFNToIN.scala 130:20:freechips.rocketchip.system.MivRV32ImafL1AhbConfig.fir@108185.4]
  assign overflow = _T_117 & common_overflow; // @[RecFNToIN.scala 130:33:freechips.rocketchip.system.MivRV32ImafL1AhbConfig.fir@108186.4]
  assign _T_121 = common_overflow == 1'h0; // @[RecFNToIN.scala 131:36:freechips.rocketchip.system.MivRV32ImafL1AhbConfig.fir@108188.4]
  assign _T_122 = _T_117 & _T_121; // @[RecFNToIN.scala 131:33:freechips.rocketchip.system.MivRV32ImafL1AhbConfig.fir@108189.4]
  assign inexact = _T_122 & common_inexact; // @[RecFNToIN.scala 131:54:freechips.rocketchip.system.MivRV32ImafL1AhbConfig.fir@108190.4]
  assign _T_124 = rawIn_isNaN == 1'h0; // @[RecFNToIN.scala 133:19:freechips.rocketchip.system.MivRV32ImafL1AhbConfig.fir@108191.4]
  assign excSign = _T_124 & rawIn_sign; // @[RecFNToIN.scala 133:33:freechips.rocketchip.system.MivRV32ImafL1AhbConfig.fir@108192.4]
  assign _T_125 = io_signedOut == excSign; // @[RecFNToIN.scala 135:27:freechips.rocketchip.system.MivRV32ImafL1AhbConfig.fir@108193.4]
  assign _T_128 = _T_125 ? 32'h80000000 : 32'h0; // @[RecFNToIN.scala 135:12:freechips.rocketchip.system.MivRV32ImafL1AhbConfig.fir@108194.4]
  assign _T_130 = excSign == 1'h0; // @[RecFNToIN.scala 139:13:freechips.rocketchip.system.MivRV32ImafL1AhbConfig.fir@108195.4]
  assign _T_133 = _T_130 ? 31'h7fffffff : 31'h0; // @[RecFNToIN.scala 139:12:freechips.rocketchip.system.MivRV32ImafL1AhbConfig.fir@108196.4]
  assign _GEN_1 = {{1'd0}, _T_133}; // @[RecFNToIN.scala 138:11:freechips.rocketchip.system.MivRV32ImafL1AhbConfig.fir@108197.4]
  assign excOut = _T_128 | _GEN_1; // @[RecFNToIN.scala 138:11:freechips.rocketchip.system.MivRV32ImafL1AhbConfig.fir@108197.4]
  assign _T_134 = invalidExc | common_overflow; // @[RecFNToIN.scala 141:30:freechips.rocketchip.system.MivRV32ImafL1AhbConfig.fir@108198.4]
  assign _T_135 = _T_134 ? excOut : roundedInt; // @[RecFNToIN.scala 141:18:freechips.rocketchip.system.MivRV32ImafL1AhbConfig.fir@108199.4]
  assign _T_136 = {invalidExc,overflow}; // @[Cat.scala 30:58:freechips.rocketchip.system.MivRV32ImafL1AhbConfig.fir@108201.4]
  assign _T_137 = {_T_136,inexact}; // @[Cat.scala 30:58:freechips.rocketchip.system.MivRV32ImafL1AhbConfig.fir@108202.4]
  assign io_out = _T_135;
  assign io_intExceptionFlags = _T_137;
endmodule